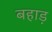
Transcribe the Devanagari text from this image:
बहाड़